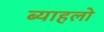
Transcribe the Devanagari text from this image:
ब्याहलो